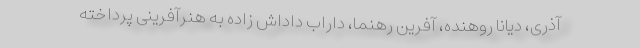
آذری، دیانا روهنده، آفرین رهنما، داراب داداش زاده به هنرآفرینی پرداخته